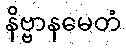
နိဗ္ဗာနမေတံ